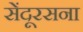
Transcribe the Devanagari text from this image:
सेंदूरसना